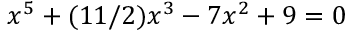
x ^ { 5 } + ( 1 1 / 2 ) x ^ { 3 } - 7 x ^ { 2 } + 9 = 0